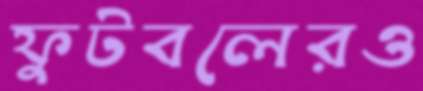
ফুটবলেরও